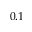
0 . 1